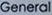
General